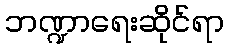
ဘဏ္ဍာရေးဆိုင်ရာ